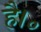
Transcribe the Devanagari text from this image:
है।॰